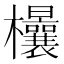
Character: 𣡤